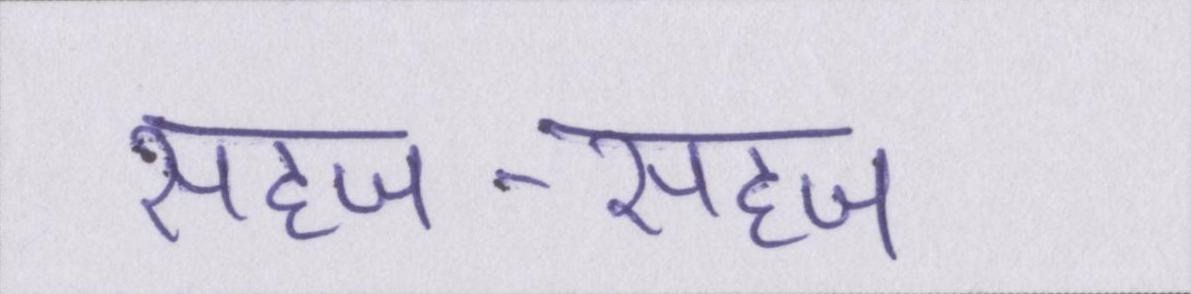
सहज-सहज